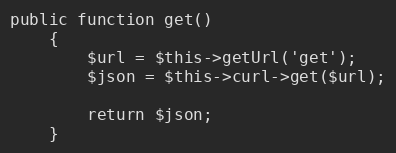
Language: PHP
public function get()
    {
        $url = $this->getUrl('get');
        $json = $this->curl->get($url);

        return $json;
    }